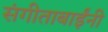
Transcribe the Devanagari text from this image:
संगीताबाईंनी